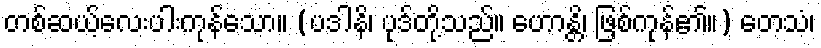
တစ်ဆယ့်လေးပါးကုန်သော။ (ပဒါနိ၊ ပုဒ်တို့သည်။ ဟောန္တိ၊ ဖြစ်ကုန်၏။) တေသံ၊